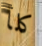
كلأ